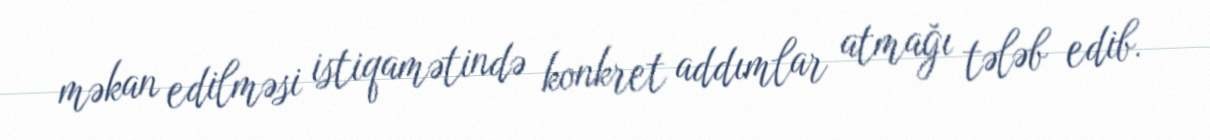
məkan edilməsi istiqamətində konkret addımlar atmağı tələb edib.